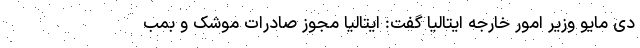
دی مایو وزیر امور خارجه ایتالیا گفت: ایتالیا مجوز صادرات موشک و بمب